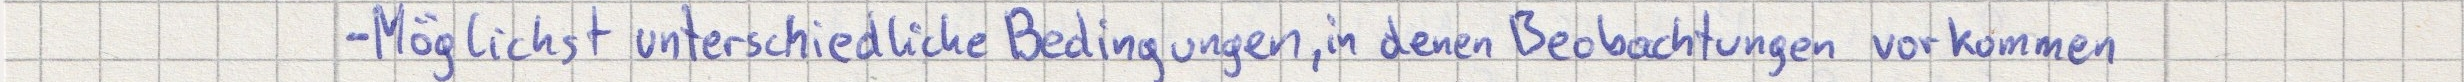
- Möglichst unterschiedliche Bedingungen, in denen Beobachtungen vorkommen